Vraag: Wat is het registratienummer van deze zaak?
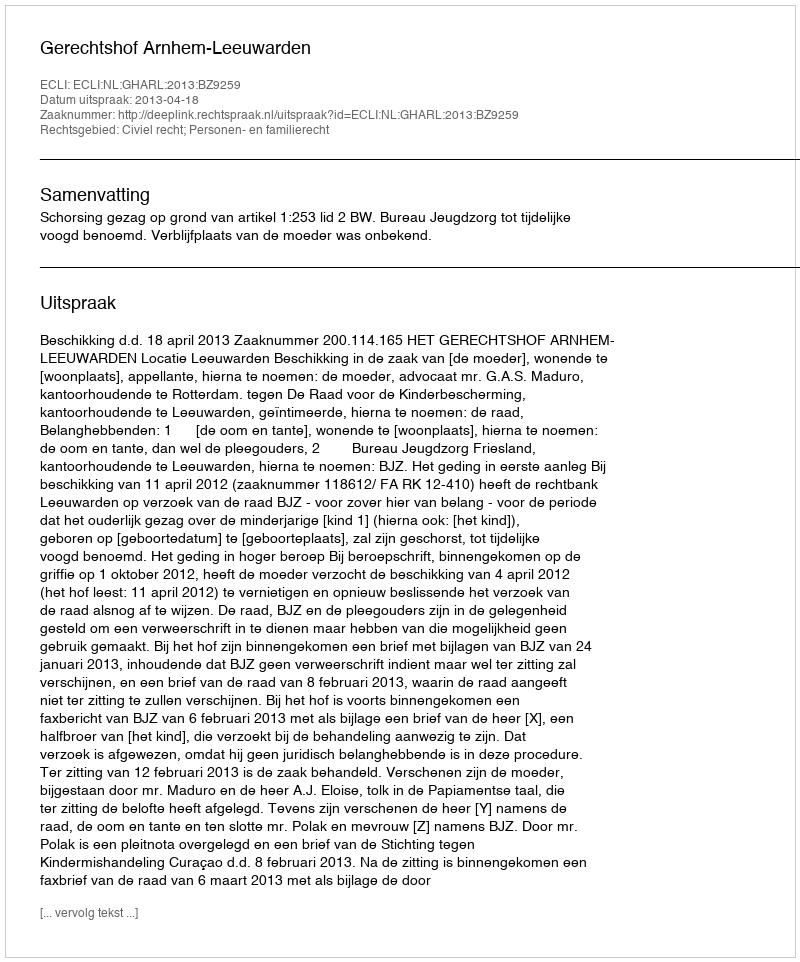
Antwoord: http://deeplink.rechtspraak.nl/uitspraak?id=ECLI:NL:GHARL:2013:BZ9259